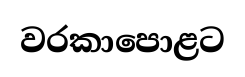
වරකාපොළට